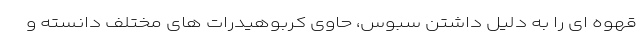
قهوه ای را به دلیل داشتن سبوس، حاوی کربوهیدرات های مختلف دانسته و